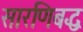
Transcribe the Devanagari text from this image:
सारणिबद्ध